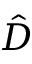
\hat { D }